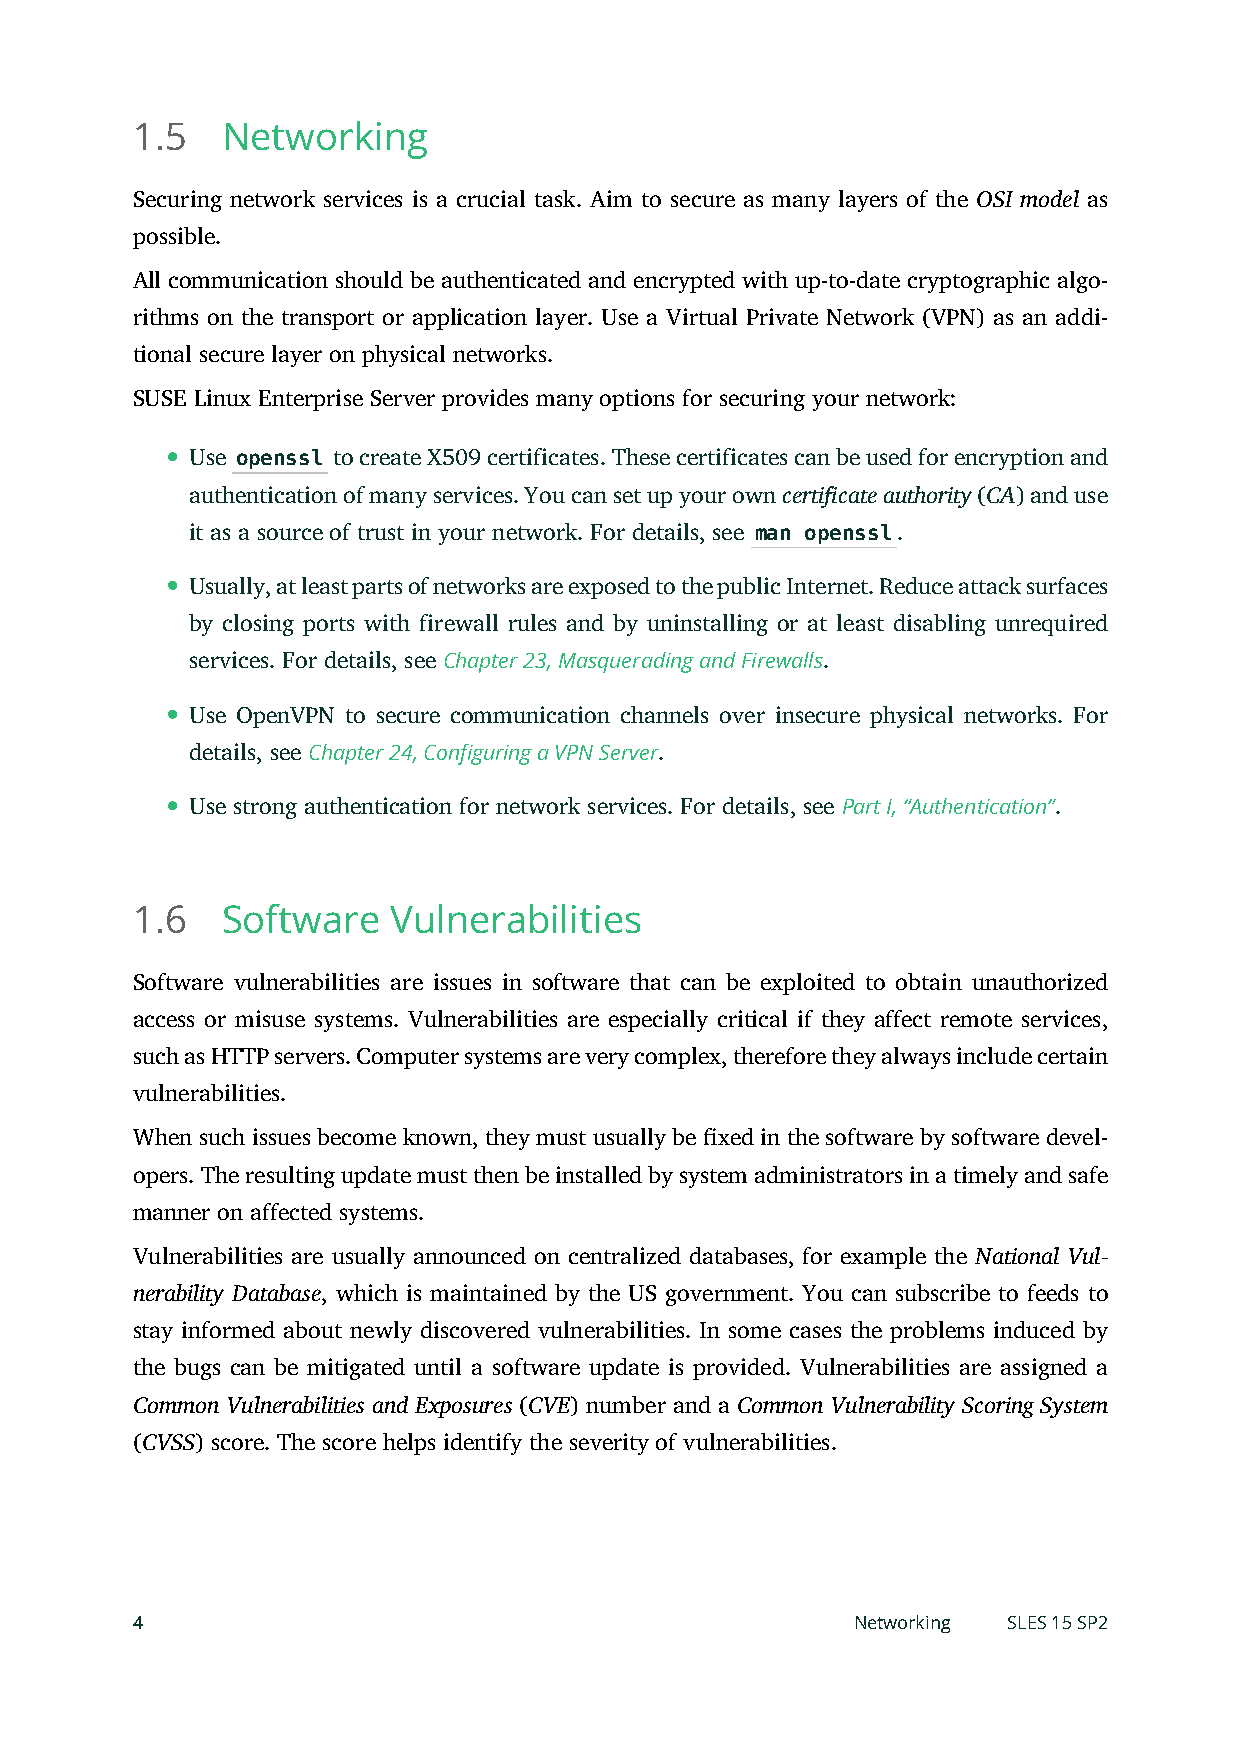
1.5   Networking
 Securing network services is a crucial task. Aim to secure as many layers of the OSI model as
 possible.
 All communication should be authenticated and encrypted with up-to-date cryptographic algo-
 rithms on the transport or application layer. Use a Virtual Private Network (VPN) as an addi-
 tional secure layer on physical networks.
 SUSE Linux Enterprise Server provides many options for securing your network:
 Use openssl to create X509 certificates. These certificates can be used for encryption and
 authentication of many services. You can set up your own certificate authority (CA) and use
 it as a source of trust in your network. For details, see man openssl.
 Usually, at least parts of networks are exposed to the public Internet. Reduce attack surfaces
 by closing ports with firewall rules and by uninstalling or at least disabling unrequired
 services. For details, see Chapter 23, Masquerading and Firewalls.
 Use OpenVPN to secure communication channels over insecure physical networks. For
 details, see Chapter 24, Configuring a VPN Server.
 Use strong authentication for network services. For details, see Part I, “Authentication”.
 1.6   Software   Vulnerabilities
 Software vulnerabilities are issues in software that can be exploited to obtain unauthorized
 access or misuse systems. Vulnerabilities are especially critical if they affect remote services,
 such as HTTP servers. Computer systems are very complex, therefore they always include certain
 vulnerabilities.
 When such issues become known, they must usually be xed in the software by software devel-
 opers. The resulting update must then be installed by system administrators in a timely and safe
 manner on affected systems.
 Vulnerabilities are usually announced on centralized databases, for example the National Vul-
 nerability Database, which is maintained by the US government. You can subscribe to feeds to
 stay informed about newly discovered vulnerabilities. In some cases the problems induced by
 the bugs can be mitigated until a software update is provided. Vulnerabilities are assigned a
 Common Vulnerabilities and Exposures (CVE) number and a Common Vulnerability Scoring System
 (CVSS) score. The score helps identify the severity of vulnerabilities.
 4                                              Networking SLES 15 SP2